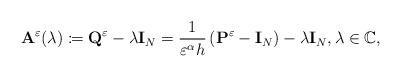
LaTeX: \begin{align*} \mathbf{A}^\varepsilon(\lambda)\coloneqq \mathbf{Q}^\varepsilon-\lambda\mathbf{I}_{N}=\frac{1}{\varepsilon^\alpha h}\left(\mathbf{P}^\varepsilon-\mathbf{I}_{N}\right)-\lambda\mathbf{I}_{N} ,\lambda\in\mathbb{C},\end{align*}